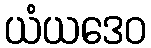
ယံယဒေဝ